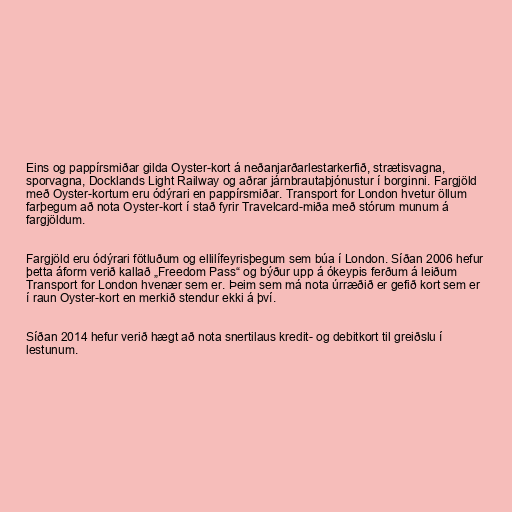
Eins og pappírsmiðar gilda Oyster-kort á neðanjarðarlestarkerfið, strætisvagna,
sporvagna, Docklands Light Railway og aðrar járnbrautaþjónustur í borginni. Fargjöld
með Oyster-kortum eru ódýrari en pappírsmiðar. Transport for London hvetur öllum
farþegum að nota Oyster-kort í stað fyrir Travelcard-miða með stórum munum á
fargjöldum.

Fargjöld eru ódýrari fötluðum og ellilífeyrisþegum sem búa í London. Síðan 2006 hefur
þetta áform verið kallað „Freedom Pass“ og býður upp á ókeypis ferðum á leiðum
Transport for London hvenær sem er. Þeim sem má nota úrræðið er gefið kort sem er
í raun Oyster-kort en merkið stendur ekki á því.

Síðan 2014 hefur verið hægt að nota snertilaus kredit- og debitkort til greiðslu í
lestunum.